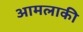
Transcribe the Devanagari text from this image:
आमलाकी